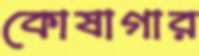
কোষাগার